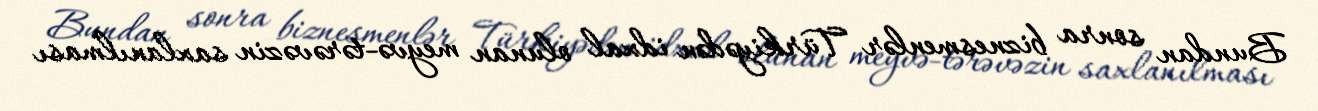
Bundan sonra biznesmenlər Türkiyədən idxal olunan meyvə-tərəvəzin saxlanılması